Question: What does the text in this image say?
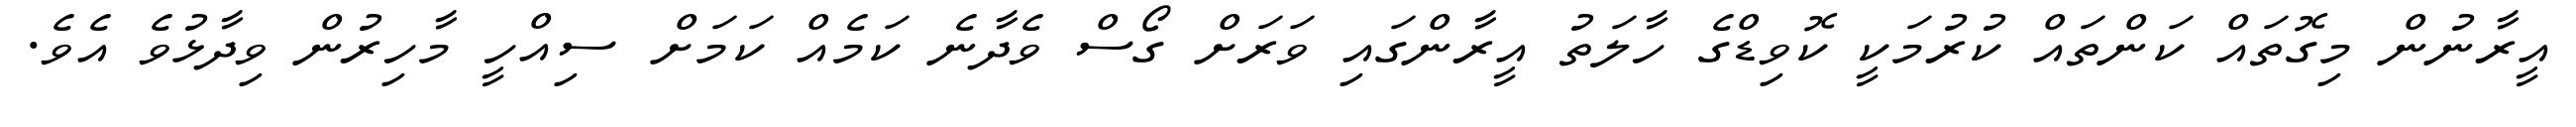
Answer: އީރާނުން މިގޮތައް ކަންތައް ކުރުމަކީ ކޮވިޑްގެ ހާލަތު އީރާންގައި ވަރަށް ގޯސް ވެދާނެ ކަމެއް ކަމަށް ސިއްހީ މާހިރުން ވިދާޅުވެ އެވެ.